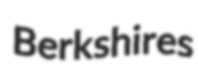
Berkshires